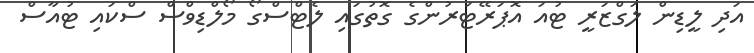
އަދި ލީޑިން ލަގްޒަރީ ޓުއަ އޮޕަރޭޓަރުންގެ ގޮތުގައި ލެޓްސްގޯ މޯލްޑިވްސް ސްކައި ޓުއާސް